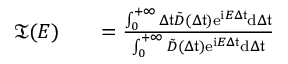
\begin{array} { r l r } { \mathfrak { T } ( E ) } & { { } } & { = \frac { \int _ { 0 } ^ { + \infty } { \Delta \mathfrak { t } } \tilde { D } ( \Delta \mathfrak { t } ) \mathrm { e } ^ { \mathrm { i } E \Delta \mathfrak { t } } \mathrm { d } { \Delta \mathfrak { t } } } { \int _ { 0 } ^ { + \infty } \tilde { D } ( \Delta \mathfrak { t } ) \mathrm { e } ^ { \mathrm { i } E \Delta \mathfrak { t } } \mathrm { d } { \Delta \mathfrak { t } } } } \end{array}